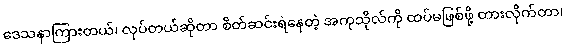
ဒေသနာကြားတယ်၊ လုပ်တယ်ဆိုတာ စိတ်ဆင်းရဲနေတဲ့ အကုသိုလ်ကို ထပ်မဖြစ်ဖို့ တားလိုက်တာ၊